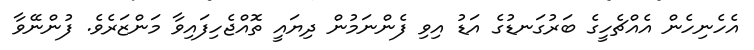
އެހެނިހެން އެއްޗެހީގެ ބަރުގަނޑުގެ އަޑު އިވި ފެންނަމުން ދިޔައީ ތޮއްޖެހިފައިވާ މަންޒަރެވެ. ފުންނޭވާ